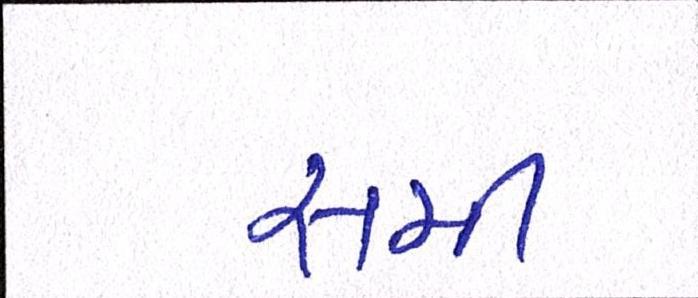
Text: સમી